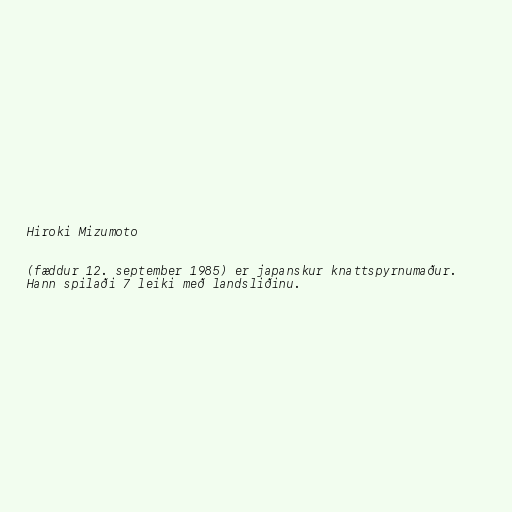
Hiroki Mizumoto

(fæddur 12. september 1985) er japanskur knattspyrnumaður.
Hann spilaði 7 leiki með landsliðinu.